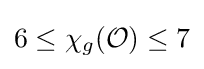
6\leq \chi _{g}({\mathcal {O}})\leq 7